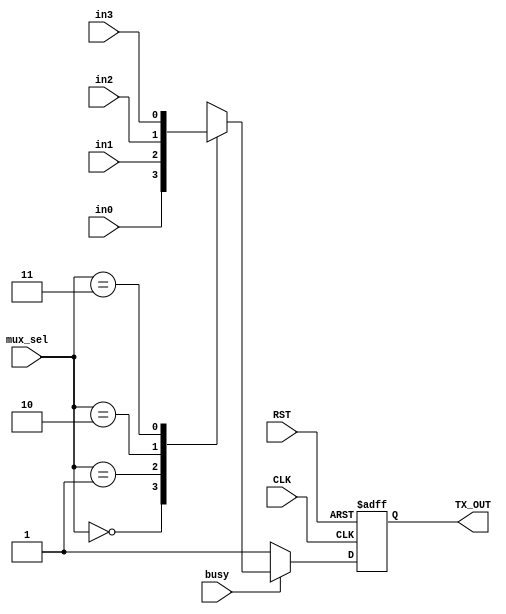
module TX_OUTPUT (
    input wire CLK, RST,
    input wire [1:0] mux_sel,
    input wire in0, in1, in2, in3,
    input wire busy,
    output reg TX_OUT
);
    
    reg mux_out;

    always @(*) begin
        case (mux_sel)
            2'b00: mux_out = in0;
            2'b01: mux_out = in1;
            2'b10: mux_out = in2;
            2'b11: mux_out = in3;
        endcase
    end

    always @(posedge CLK or negedge RST) begin
        if (~RST) begin
            TX_OUT <= 'b0;
        end
        else if (~busy) begin
            TX_OUT <= 'b1;
        end
        else begin
            TX_OUT <= mux_out;
        end
    end

endmodule